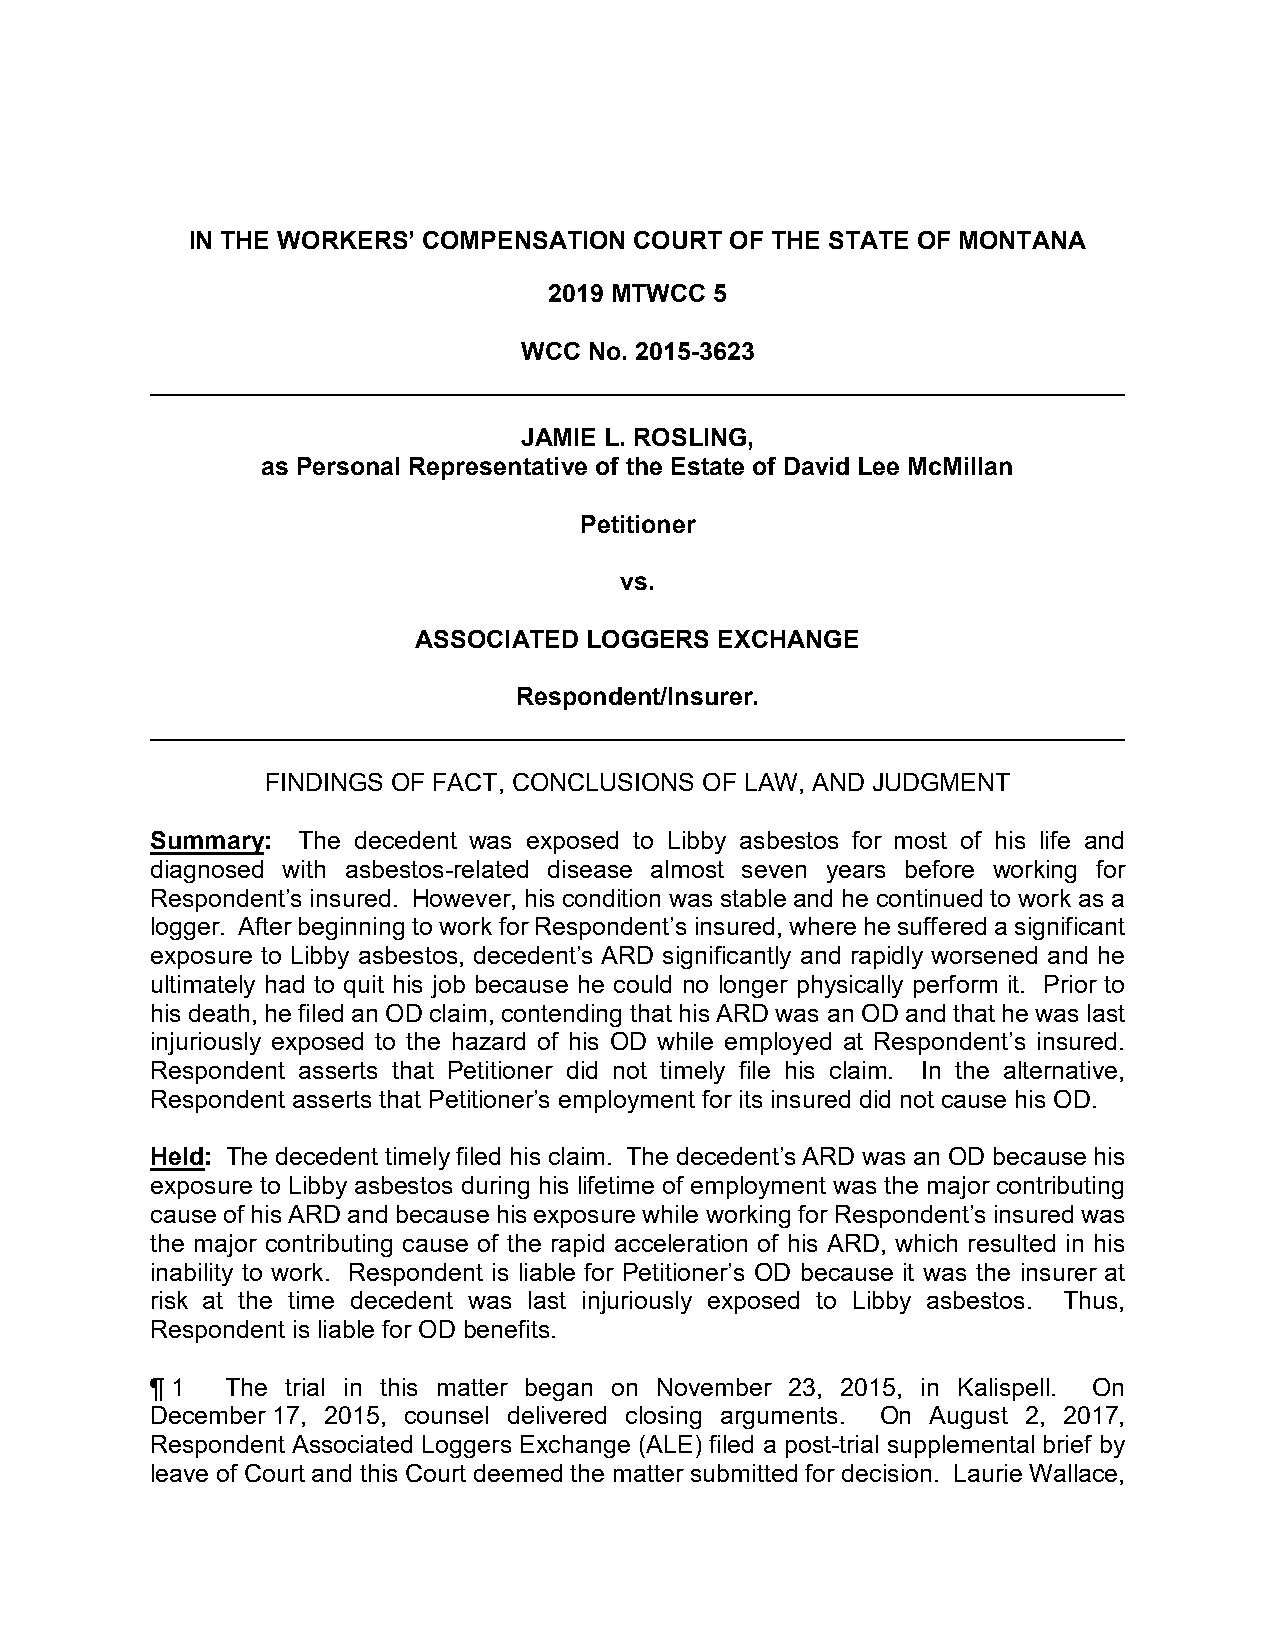
IN THE WORKERS’ COMPENSATION  COURT OF THE STATE OF MONTANA
 2019 MTWCC 5
 WCC  No. 2015-3623
 JAMIE L. ROSLING,
 as Personal Representative of the Estate of David Lee McMillan
 Petitioner
 vs.
 ASSOCIATED  LOGGERS  EXCHANGE
 Respondent/Insurer.
 FINDINGS OF FACT, CONCLUSIONS OF LAW, AND JUDGMENT
 Summary:  The decedent was exposed to Libby asbestos for most of his life and
 diagnosed with asbestos-related disease almost seven years before working for
 Respondent’s insured. However, his condition was stable and he continued to work as a
 logger. After beginning to work for Respondent’s insured, where he suffered a significant
 exposure to Libby asbestos, decedent’s ARD significantly and rapidly worsened and he
 ultimately had to quit his job because he could no longer physically perform it. Prior to
 his death, he filed an OD claim, contending that his ARD was an OD and that he was last
 injuriously exposed to the hazard of his OD while employed at Respondent’s insured.
 Respondent asserts that Petitioner did not timely file his claim. In the alternative,
 Respondent asserts that Petitioner’s employment for its insured did not cause his OD.
 Held: The decedent timely filed his claim. The decedent’s ARD was an OD because his
 exposure to Libby asbestos during his lifetime of employment was the major contributing
 cause of his ARD and because his exposure while working for Respondent’s insured was
 the major contributing cause of the rapid acceleration of his ARD, which resulted in his
 inability to work. Respondent is liable for Petitioner’s OD because it was the insurer at
 risk at the time decedent was last injuriously exposed to Libby asbestos. Thus,
 Respondent is liable for OD benefits.
 ¶ 1  The trial in this matter began on November 23, 2015, in Kalispell. On
 December 17, 2015, counsel delivered closing arguments. On August 2, 2017,
 Respondent Associated Loggers Exchange (ALE) filed a post-trial supplemental brief by
 leave of Court and this Court deemed the matter submitted for decision. Laurie Wallace,